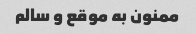
ممنون به موقع و سالم